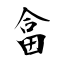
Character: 畣